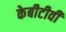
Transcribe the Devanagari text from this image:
केबीटीवी